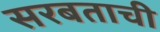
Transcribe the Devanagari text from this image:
सरबताची